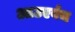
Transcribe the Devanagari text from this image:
आउएर्बच